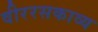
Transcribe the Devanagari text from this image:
वीररसकाव्य